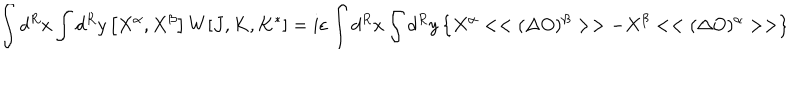
\int d ^ { R } x \int d ^ { R } y \left[ X ^ { \alpha } , X ^ { \beta } \right] W [ J , K , K ^ { * } ] = i \varepsilon \int d ^ { R } x \int d ^ { R } y \left\{ X ^ { \alpha } < < ( \Delta O ) ^ { \beta } > > - X ^ { \beta } < < ( \Delta O ) ^ { \alpha } > > \right\}